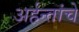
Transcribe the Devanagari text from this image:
अर्हन्तांचे